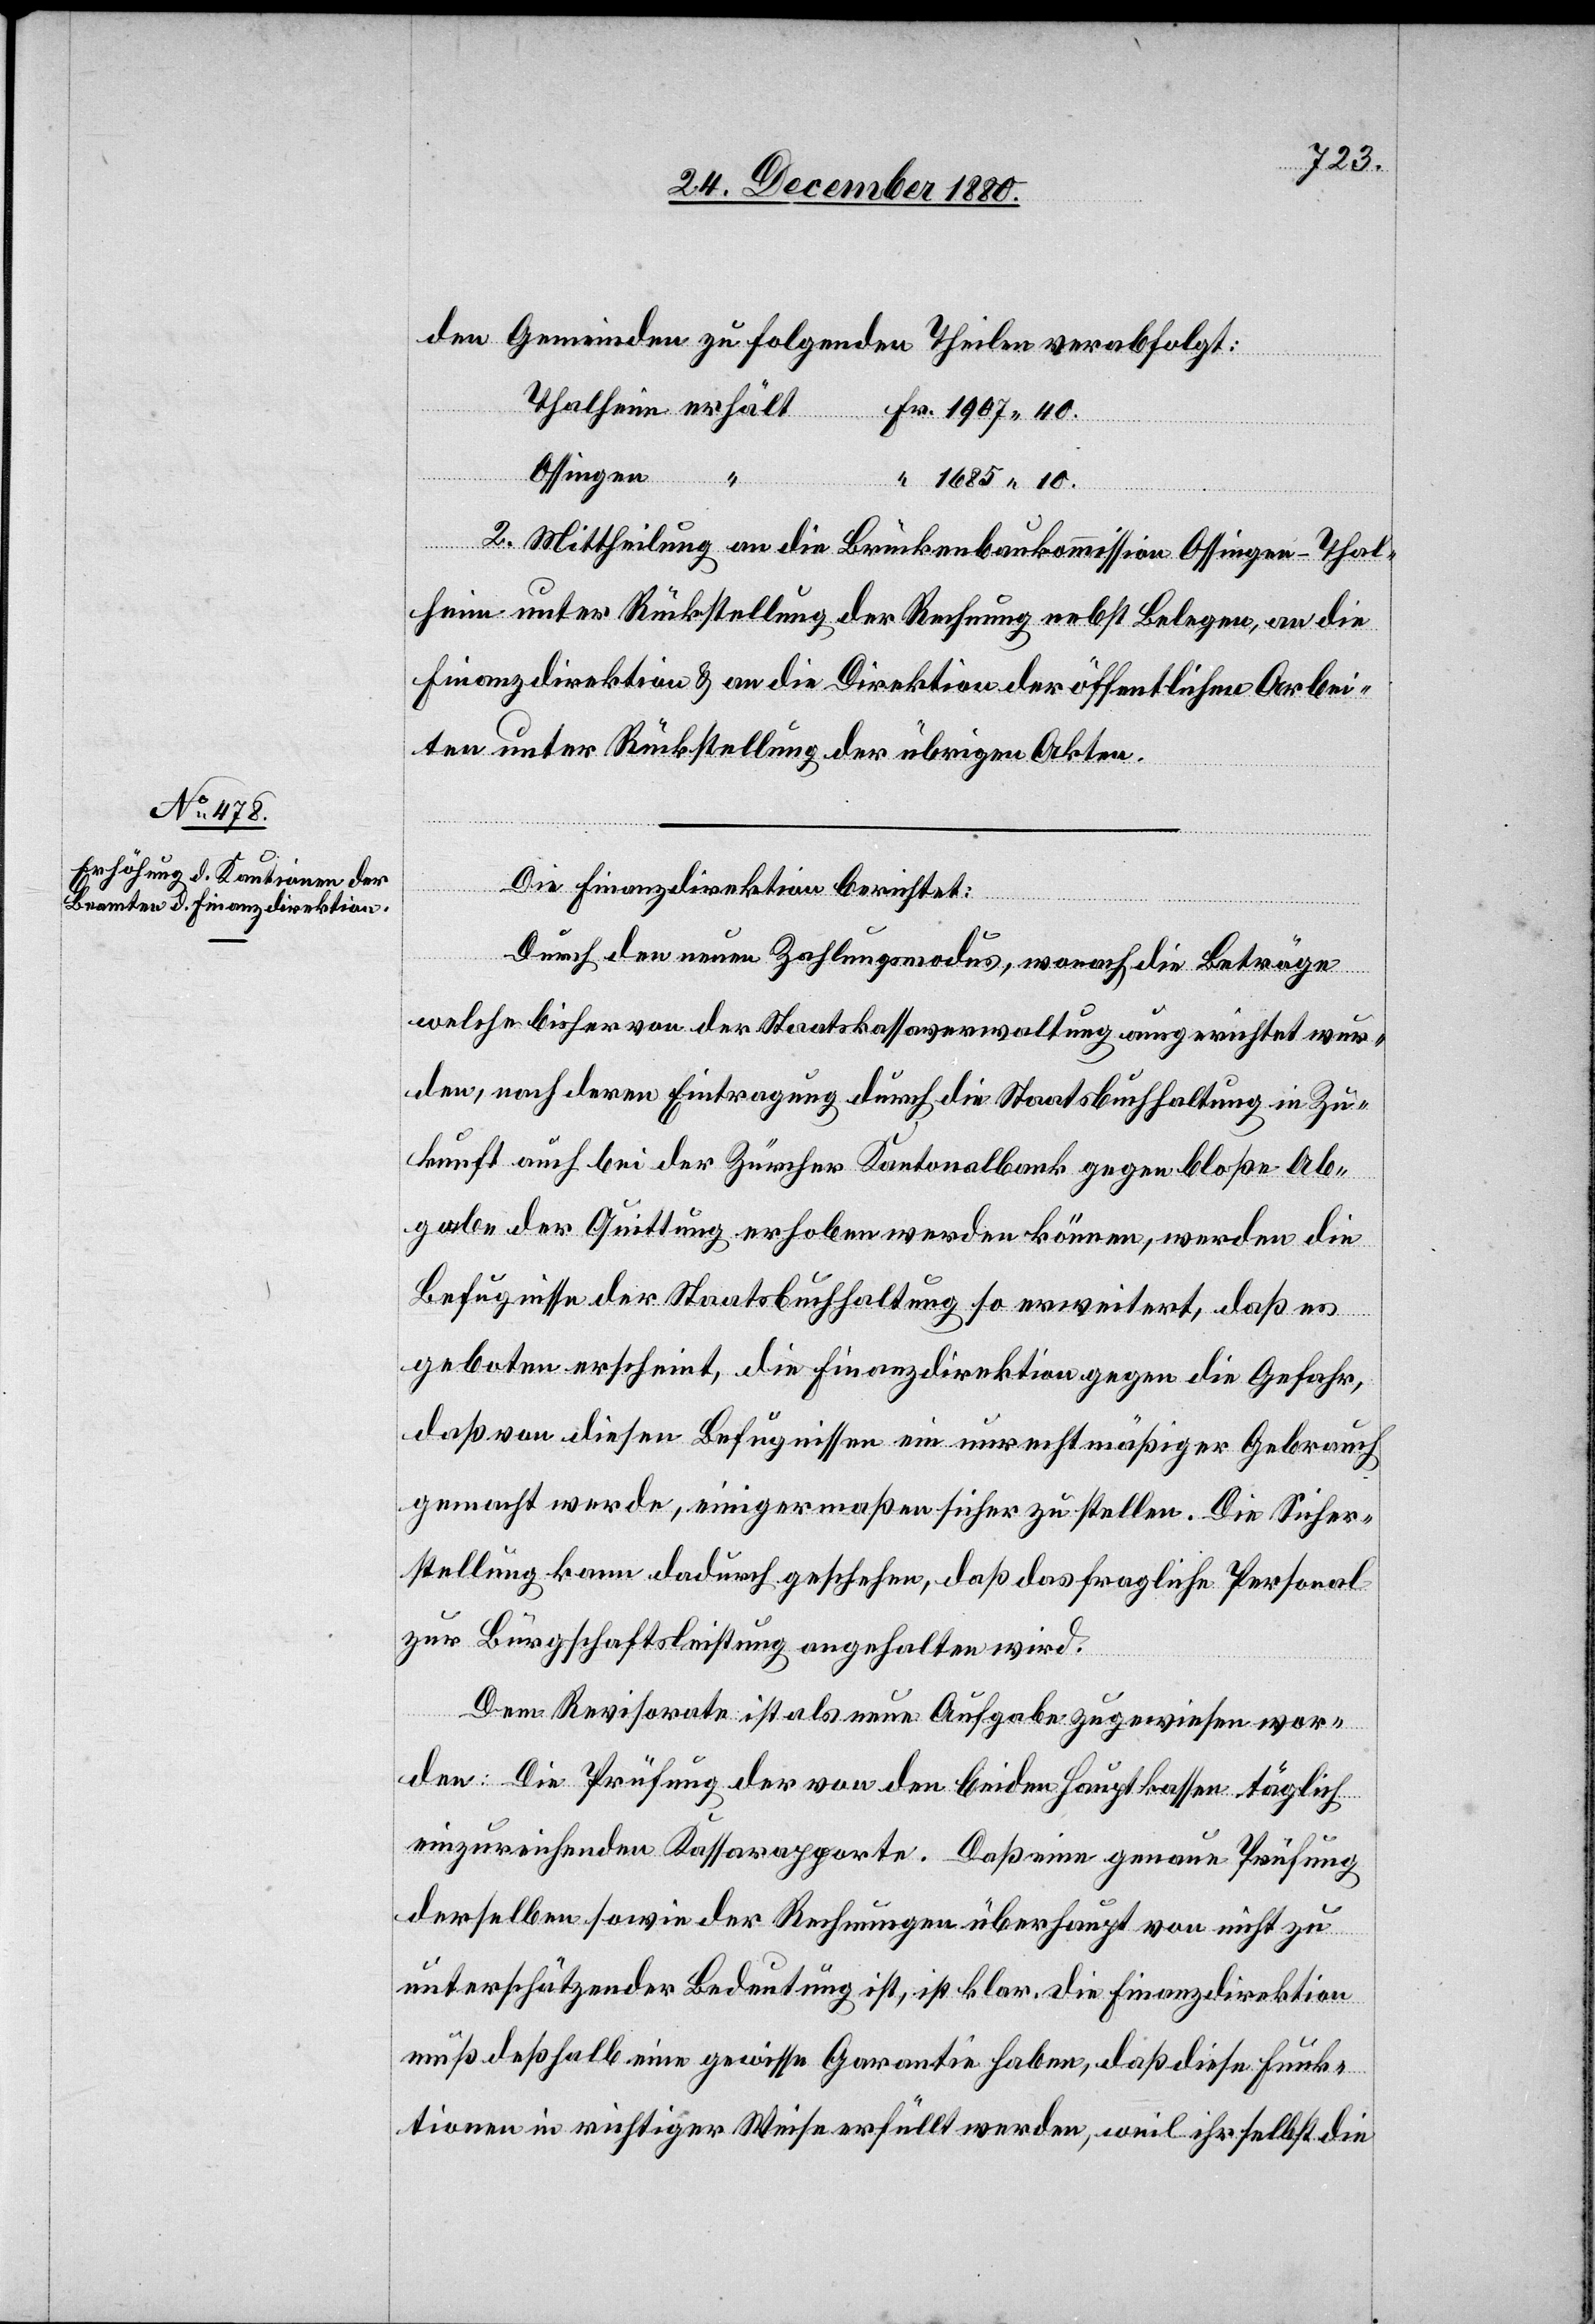
den Gemeinden zu folgenden Theilen verabfolgt:
10.
Ossingen
erhält
2. Mittheilung an die Brückenbaukommission Ossingen-Thal¬
heim unter Rückstellung der Rechnung nebst Belegen, an die
Finanzdirektion & an die Direktion der öffentlichen Arbei¬
ten unter Rückstellung der übrigen Akten.
Die Finanzdirektion berichtet:
Durch den neuen Zahlungsmodus, wonach die Beträge
welche bisher von der Staatskassaverwaltung ausgerichtet wur¬
den, nach deren Eintragung durch die Staatsbuchhaltung in Zu¬
kunft auch bei der Zürcher Kantonalbank gegen bloße Ab¬
gabe der Quittung erhoben werden können, werden die
Befugnisse der Staatsbuchhaltung so erweitert, daß es
geboten erscheint, die Finanzdirektion gegen die Gefahr,
daß von diesen Befugnissen ein unrechtmäßiger Gebrauch
gemacht werde, einigermaßen sicher zu stellen. Die Sicher¬
stellung kann dadurch geschehen, daß das fragliche Personal
zur Bürgschaftsleistung angehalten wird.
Dem Revisorate ist als neue Aufgabe zugewiesen wor¬
den: Die Prüfung der von den beiden Hauptkassen täglich
einzureichenden Kassarapporte. Daß eine genaue Prüfung
derselben sowie der Rechnungen überhaupt von nicht zu
unterschätzender Bedeutung ist, ist klar, die Finanzdirektion
muß deßhalb eine gewisse Garantie haben, daß diese Funk¬
tionen in richtiger Weise erfüllt werden, weil ihr selbst die